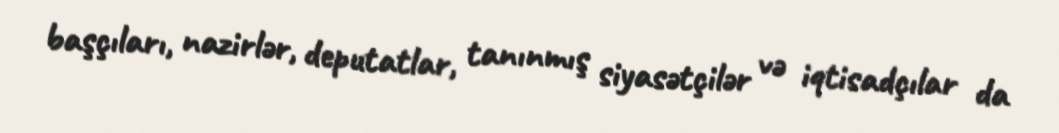
başçıları, nazirlər, deputatlar, tanınmış siyasətçilər və iqtisadçılar da